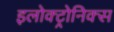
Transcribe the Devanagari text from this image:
इलोक्ट्रोनिक्स